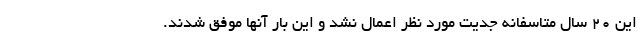
این 20 سال متاسفانه جدیت مورد نظر اعمال نشد و این بار آنها موفق شدند.